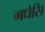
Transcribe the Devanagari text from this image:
मधेसि